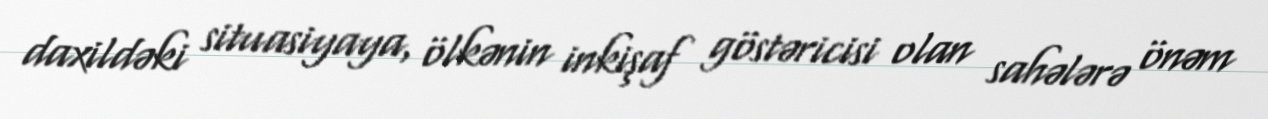
daxildəki situasiyaya, ölkənin inkişaf göstəricisi olan sahələrə önəm